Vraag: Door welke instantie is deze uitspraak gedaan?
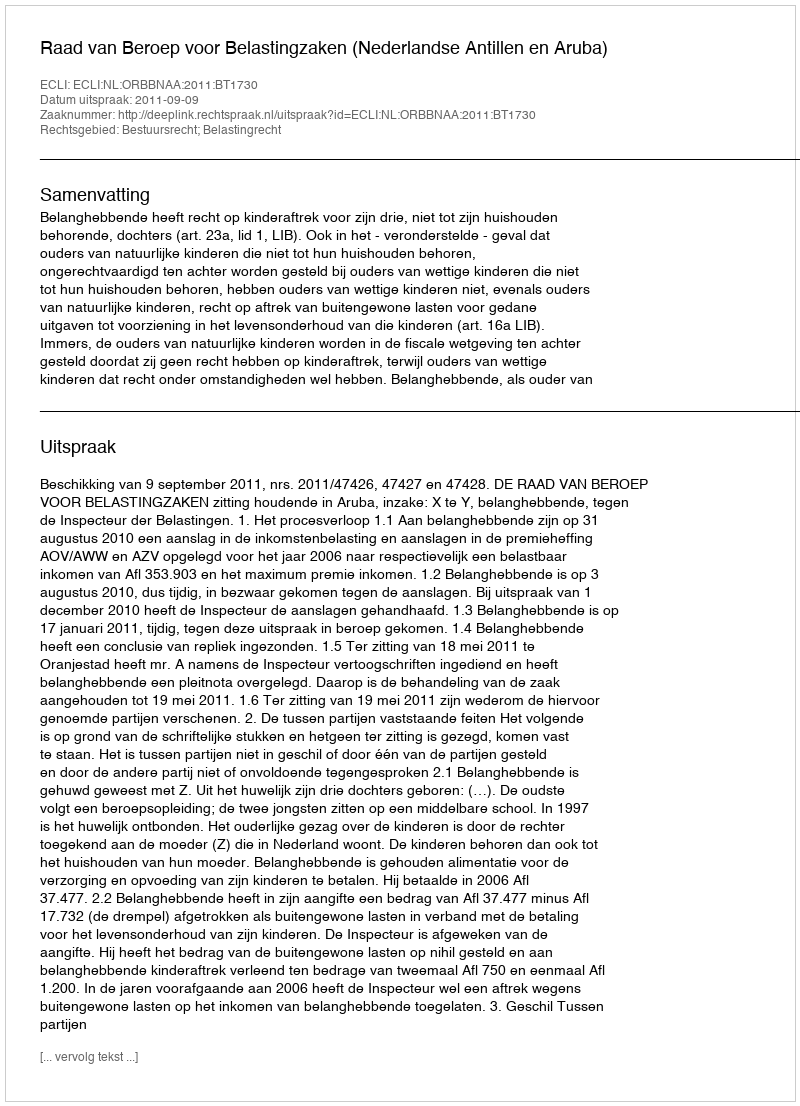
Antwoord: Raad van Beroep voor Belastingzaken (Nederlandse Antillen en Aruba)